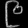
Digit: ၉